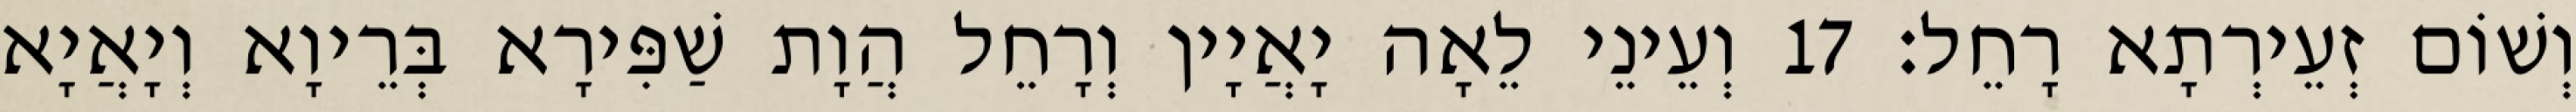
וְשׁוֹם זְעֵירְתָא רָחֵל׃ 17 וְעֵינֵי לֵאָה יָאֲיָין וְרָחֵל הֲוָת שַׁפִּירָא בְּרֵיוָא וְיָאֲיָא